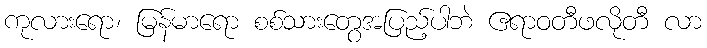
ကုလားရော၊ မြန်မာရော စစ်သားတွေအပြည့်ပါဘဲ ဧရာဝတီဖလိုတီ လာ